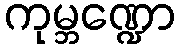
ကုမ္ဘဏ္ဍော